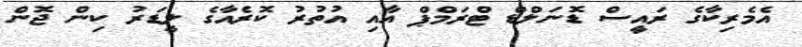
އެމެރިކާގެ ރައީސް ޑޮނަލްޑް ޓްރަމްޕް އާއި އުތުރު ކޮރެއާގެ ލީޑަރު ކިން ޖޮން